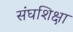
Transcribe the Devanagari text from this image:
संघशिक्षा